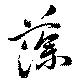
藻